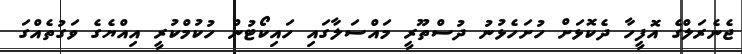
ޖެނެރަލްގެ އޮފީހާ ދެކޮޅަށް ހުށަހެޅުނު ދުސްތޫރީ މައްސަލާގައި ހައިކޯޓުން ހުކުމްކުރީ އިއްޔެގެ ވަގުތެއްގަ